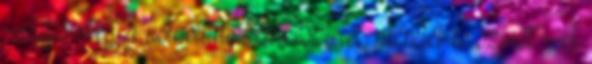
Adja meg a listastílus betűkészletét, méretét és színét. A